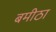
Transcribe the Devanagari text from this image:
बमीठा